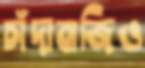
চাঁদাবাজিও